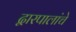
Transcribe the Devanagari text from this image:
द्वारपालांचे